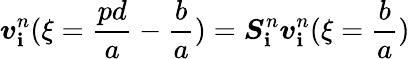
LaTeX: \boldsymbol{v}_{\mathbf{i}}^{n}(\xi=\frac{{pd}}{{a}}-\frac{{b}}{{a}})=\boldsymbol{S}_{\mathbf{i}}^{n}\boldsymbol{v}_{\mathbf{i}}^{n}(\xi=\frac{{b}}{{a}})